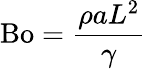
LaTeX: \mathrm{Bo}={\frac{\rho aL^{2}}{\gamma}}